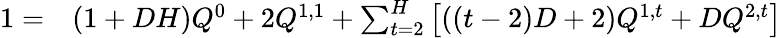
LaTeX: \begin{array}{rl}{1=}&{{}(1+DH)Q^{0}+2Q^{1,1}+\sum_{t=2}^{H}\left[((t-2)D+2)Q^{1,t}+DQ^{2,t}\right]}\end{array}